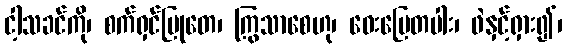
ငါ့သခင်ကို၊ စက်ရှင်မြုတေ၊ ကြွသာစေဟု၊ ဝေးမြေတပါး၊ ဖဲနှင့်ရှား၍၊